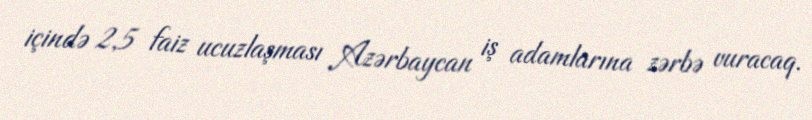
içində 2,5 faiz ucuzlaşması Azərbaycan iş adamlarına zərbə vuracaq.